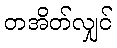
တအိတ်လျှင်